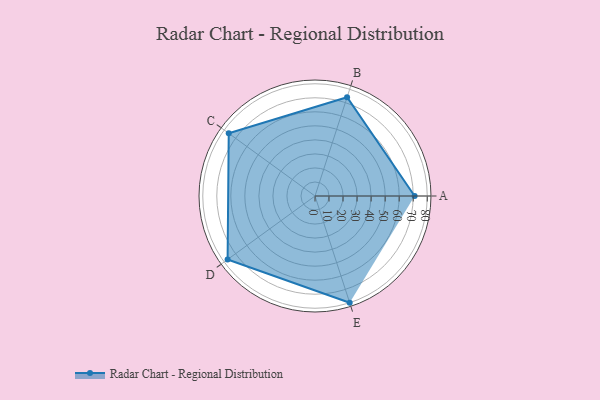
{"axis": {"x": "Skill", "y": "Score"}, "legend": ["Profile"], "data": [{"x": "A", "y": 71.0, "type": "Profile"}, {"x": "B", "y": 74.0, "type": "Profile"}, {"x": "C", "y": 76.0, "type": "Profile"}, {"x": "D", "y": 77.0, "type": "Profile"}, {"x": "E", "y": 80.0, "type": "Profile"}]}